system: You are a helpful assistant.
user:
Analyze the provided spectrum to determine if it is a **White Dwarf (WD)**.

A White Dwarf spectrum is defined by its **extreme purity** (due to gravitational settling) and/or **extreme pressure broadening** (due to high surface gravity). You must check for one of the following mutually exclusive signatures:

- **Key Visual Indicators (Check for ONE of these types):**

    - **1. DA-Type Signature (Most Common):**
        - **(Primary Feature):** Extreme pressure broadening (Stark broadening) of the **Hydrogen (H) Balmer lines**.
        - **(Key Lines):** $H\beta$ (approx. $4861$ Å) and $H\gamma$ (approx. $4340$ Å). $H\alpha$ (approx. $6563$ Å) will also be present if the wavelength range covers it.
        - **(Line Profile):** This is the **defining feature**. The lines are **NOT** sharp. They appear as massive, **extremely broad and deep "troughs" or "dips"** in the spectrum, often hundreds of Ångströms wide. The continuum will appear to "scoop" down at these wavelengths.
        - **(Distinction):** Normal A-type or B-type stars have *narrow* and *sharp* Hydrogen lines. A DA White Dwarf's lines are unmistakably "smeared" or "blurry" from pressure.

    - **2. DB-Type Signature:**
        - **(Primary Feature):** Broad absorption lines from **Neutral Helium (He I)**. The spectrum must lack any visible Hydrogen lines.
        - **(Key Lines):** Look for broad absorption near $4471$ Å, $4921$ Å, and $5876$ Å.
        - **(Line Profile):** These lines are also significantly pressure-broadened, appearing much wider than they would in a normal B-type main-sequence star.

    - **3. DC-Type Signature:**
        - **(Primary Feature):** A **featureless continuous spectrum**.
        - **(Line Profile):** The spectrum is a smooth curve with **no significant absorption or emission lines**.
        - **(Key Confirmation):** The continuum is almost always **blue or white**, indicating a hot object. This signature implies the atmosphere is so pure (or so cool) that no spectral lines are visible in the optical range. Its WD identity is confirmed by its extremely low intrinsic brightness (high absolute magnitude).

    - **4. DZ-Type Signature (Metal-Polluted):**
        - **(Primary Feature):** **Isolated, narrow metal absorption lines** on an otherwise featureless (DC-like) continuum.
        - **(Key Lines):** The **Calcium (Ca II) H & K doublet** (approx. **$3934$ Å** and **$3968$ Å**) is the most common and defining feature.
        - **(Line Profile):** These lines are "out of place." They are *not* part of a "forest" of thousands of lines. This signature is evidence of recent *accretion* (pollution) from rocky debris.
        - **(Distinction):** Normal G/K/M stars have a *dense forest* of thousands of metal lines. A DZ has a *clean* continuum with *only a few* strong metal lines.

    - **5. DQ-Type Signature (Carbon-Polluted):**
        - **(Primary Feature):** Absorption bands from **Carbon (C₂ "Swan Bands" or atomic C I)**.
        - **(Key Lines - C₂):** Look for bandheads with a "saw-tooth" shape near $5635$ Å, **$5165$ Å** (strongest), and $4737$ Å.
        - **(Key Confirmation):** The underlying **continuum must be blue or white** (hot).
        - **(Distinction):** This is the critical difference from a **Carbon Star**, which has the *exact same* C₂ bands but on an extremely **red, cool** continuum.

- **(Overall Spectrum):**
    - The continuum (overall shape) is typically **blue-sloping** (brighter in the blue than the red), as most white dwarfs are very hot.
    - The spectrum will look "pure" or "simple," dominated by only *one* of the five signatures listed above.

Think first, call **spectral_visualization_tool** if needed to examine features in detail, then provide your final answer. Your response must adhere to the following strict rules:
1.  **Overall Structure:** Your response must follow the format `<think>...</think> <tool_call>...</tool_call> (if a tool is used) <answer>...</answer>`.
2.  **Tool Usage Constraint:** You may only make **one** tool call per turn.
3.  **Final Answer Format:** In the `<answer>` tag, your conclusion must be inside a `\boxed{}` command (e.g., `\boxed{YES}` or `\boxed{NO}`), followed by your justification.

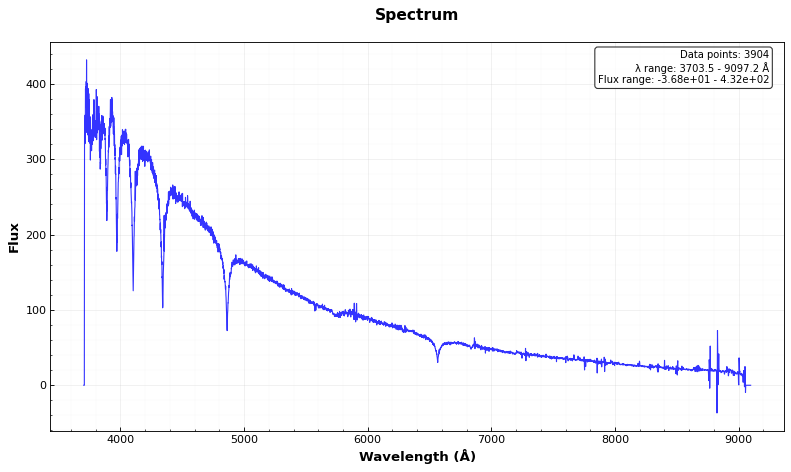
Answer: YES